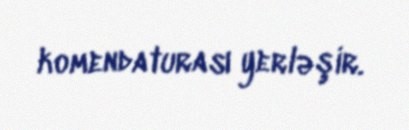
komendaturası yerləşir.